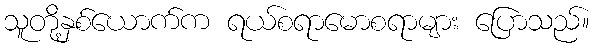
သူတို့နှစ်ယောက်က ရယ်စရာမောစရာများ ပြောသည်။